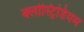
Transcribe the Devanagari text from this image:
क्लोस्ट्रिडियम